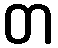
တ